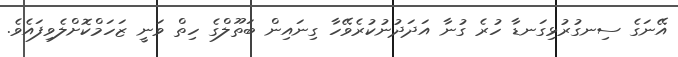
އޭނަގެ ސިނގުރުޅިގަނޑާ ހުރެ ގުނާ އަދަދުނުކުރެވޭހާ ގިނައިން ބަތޫލްގެ ހިތް ވަނީ ޒަހަމްކޮށްލެވިފައެވެ.